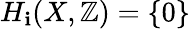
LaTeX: H_{\mathbf{i}}(X,\mathbb{{Z}})=\{ 0\}